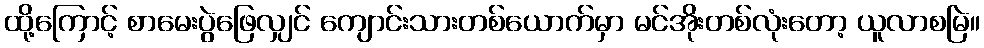
ထို့ကြောင့် စာမေးပွဲဖြေလျှင် ကျောင်းသားတစ်ယောက်မှာ မင်အိုးတစ်လုံးတော့ ယူလာစမြဲ။